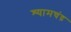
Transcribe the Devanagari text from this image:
श्यामचंद्र